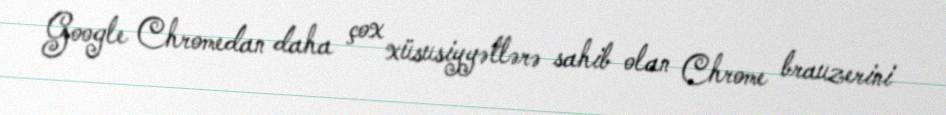
Google Chromedan daha çox xüsusiyyətlərə sahib olan Chrome brauzerini